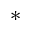
^ *